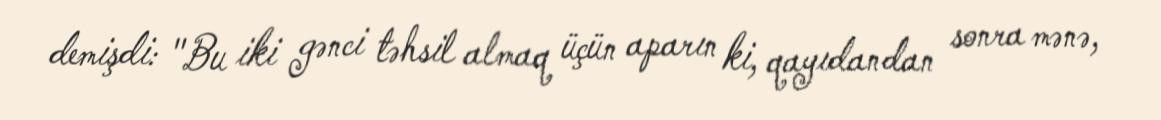
demişdi: "Bu iki gənci təhsil almaq üçün aparın ki, qayıdandan sonra mənə,